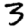
Digit: 3